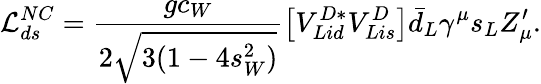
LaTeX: {\cal L}_{ds}^{NC}=\frac{gc_{W}}{2\sqrt{3(1-4s_{W}^{2})}}\left[V_{Lid}^{D*}V_{Lis}^{D}\right]\bar{d}_{L}\gamma^{\mu}s_{L}Z_{\mu}^{\prime}.